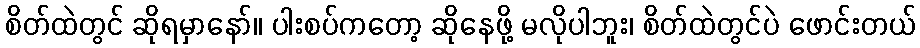
စိတ်ထဲတွင် ဆိုရမှာနော်။ ပါးစပ်ကတော့ ဆိုနေဖို့ မလိုပါဘူး၊ စိတ်ထဲတွင်ပဲ ဖောင်းတယ်